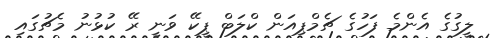
ލީގުގެ އެންމެ ފަހުގެ ޗެމްޕިއަން ކްލަބް ޕީކޭ ވަނީ ރޭ ކުޅުނު މެޗުގައި